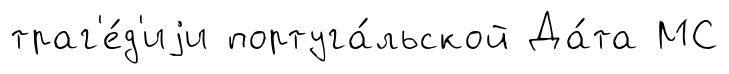
траг'е́д'иjи португа́льской Да́та МС